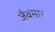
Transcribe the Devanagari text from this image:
जैवमास